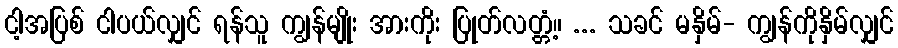
ငါ့အပြစ် ငါပယ်လျှင် ရန်သူ ကျွန်မျိုး အားကိုး ပြုတ်လတ္တံ့။ ... သခင် မနှိမ်- ကျွန်ကိုနှိမ်လျှင်